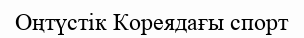
Оңтүстік Кореядағы спорт